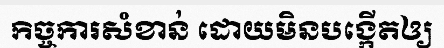
កិច្ចការសំខាន់ ដោយមិនបង្កើតឲ្យ